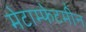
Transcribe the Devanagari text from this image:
मेटाम्फेटमीन